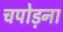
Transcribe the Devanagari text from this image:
चपोड़ना